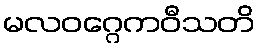
မလဝဂ္ဂေကဝီသတိ